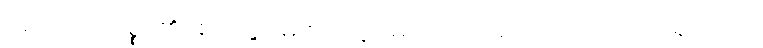
အရိယာသစ္စာ၏။ စတုဗ္ဗိဓေ စတုဗ္ဗိဓေ၊ လေးပါးလေးပါး အပြားရှိသော။